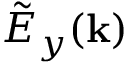
\tilde { E } _ { y } ( { \bf k } )